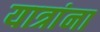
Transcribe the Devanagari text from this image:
यात्रांना